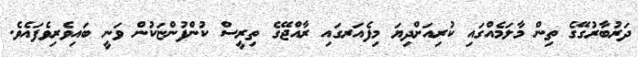
ދަރުބާރުގޭގެ ތިން މާލަމެއްގައި ކުރިއަށްދިޔަ މިފެއަރގައި ރާއްޖޭގެ ތިރީސް ކުންފުންޏަކުން ވަނީ ބައިވެރިވެފައެވެ.